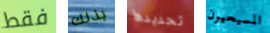
فقط بذلك تحديدها المسيحيون